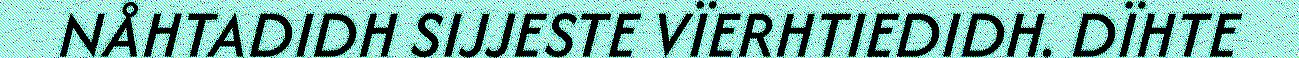
NÅHTADIDH SIJJESTE VÏERHTIEDIDH. DÏHTE